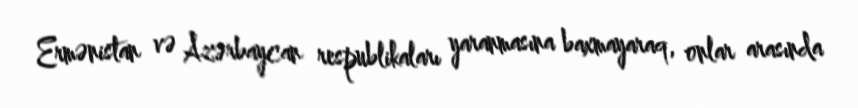
Ermənistan və Azərbaycan respublikaları yaranmasına baxmayaraq, onlar arasında